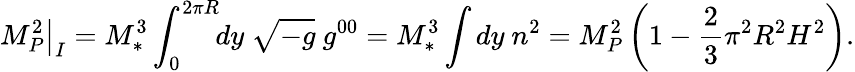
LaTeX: \left.M_{P}^{2}\right|_{I}=M_{*}^{3}\int_{0}^{2\pi R}\! \! dy\ \sqrt{-g}\ g^{00}=M_{*}^{3}\int dy\ n^{2}=M_{P}^{2}\left(1-\frac{2}{3}\pi^{2}R^{2}H^{2}\right).